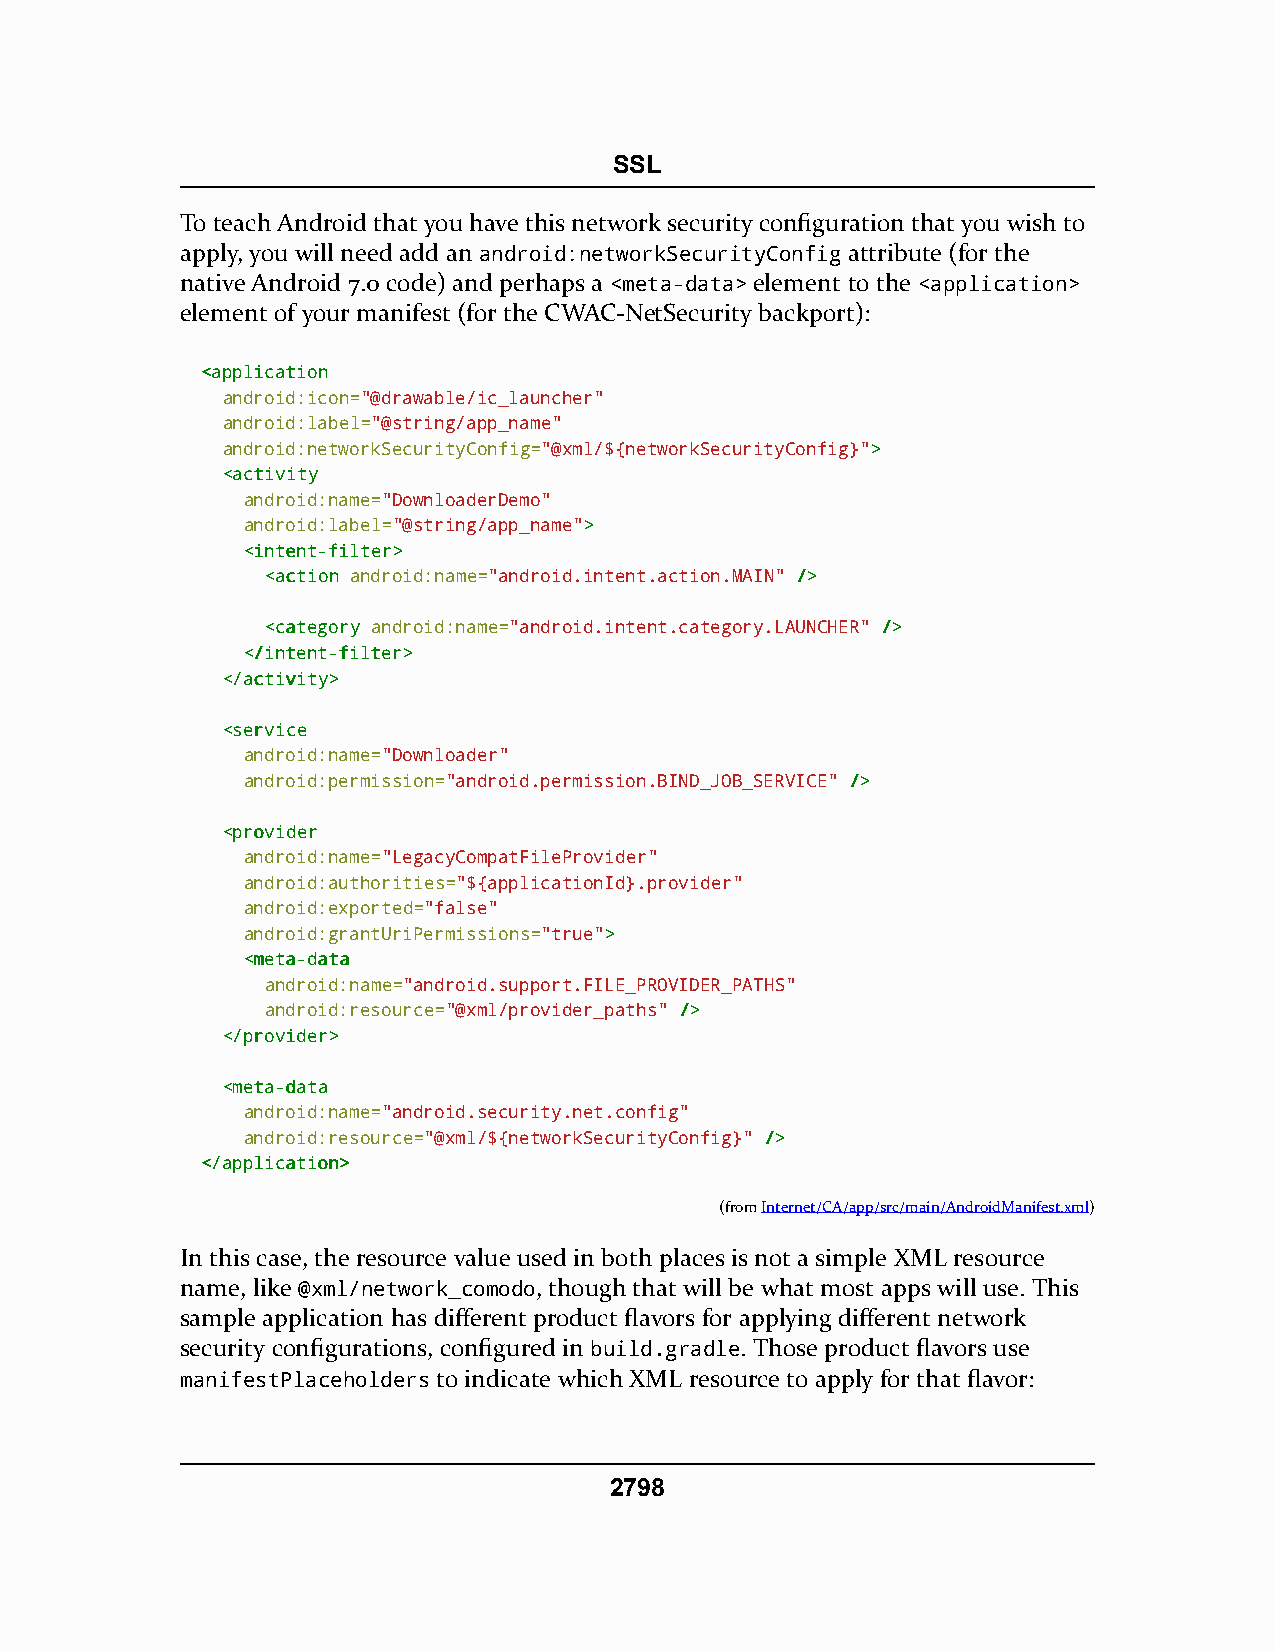
SSL
 To teach Android that you have this network security configuration that you wish to
 apply, you will need add an android:networkSecurityConfig attribute (for the
 native Android 7.0 code) and perhaps a <meta-data> element to the <application>
 element of your manifest (for the CWAC-NetSecurity backport):
 <<aapppplliiccaattiioonn
 android:icon="@drawable/ic_launcher"
 android:label="@string/app_name"
 android:networkSecurityConfig="@xml/${networkSecurityConfig}">>
 <<aaccttiivviittyy
 android:name="DownloaderDemo"
 android:label="@string/app_name">>
 <<iinntteenntt--ffiilltteerr>>
 <<aaccttiioonn android:name="android.intent.action.MAIN" //>>
 <<ccaatteeggoorryy android:name="android.intent.category.LAUNCHER" //>>
 <<//iinntteenntt--ffiilltteerr>>
 <<//aaccttiivviittyy>>
 <<sseerrvviiccee
 android:name="Downloader"
 android:permission="android.permission.BIND_JOB_SERVICE" //>>
 <<pprroovviiddeerr
 android:name="LegacyCompatFileProvider"
 android:authorities="${applicationId}.provider"
 android:exported="false"
 android:grantUriPermissions="true">>
 <<mmeettaa--ddaattaa
 android:name="android.support.FILE_PROVIDER_PATHS"
 android:resource="@xml/provider_paths" //>>
 <<//pprroovviiddeerr>>
 <<mmeettaa--ddaattaa
 android:name="android.security.net.config"
 android:resource="@xml/${networkSecurityConfig}" //>>
 <<//aapppplliiccaattiioonn>>
 (fromInternet/CA/app/src/main/AndroidManifest.xml)
 In this case, the resource value used in both places is not a simple XML resource
 name, like @xml/network_comodo, though that will be what most apps will use. This
 sample application has different product flavors for applying different network
 security configurations, configured in build.gradle. Those product flavors use
 manifestPlaceholders to indicate which XML resource to apply for that flavor:
 2798